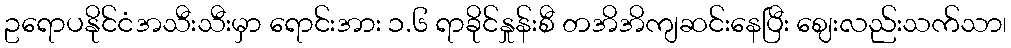
ဥရောပနိုင်ငံအသီးသီးမှာ ရောင်းအား ၁.၆ ရာခိုင်နှုန်းစီ တအိအိကျဆင်းနေပြီး ဈေးလည်းသက်သာ၊